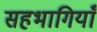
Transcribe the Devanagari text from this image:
सहभागियाँ